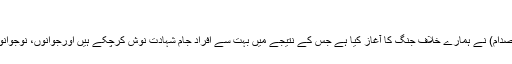
صحیفه امام-ج13-ص223
بین الاقوامی قوانین کی خلاف ورزی اور انسانی اقدار کو پامال کرتے ہوئے اس شخص (صدام) نے ہمارے خلاف جنگ کا آغاز کیا ہے جس کے نتیجے میں بہت سے افراد جام شہادت نوش کرچکے ہیں اورجوانوں، نوجوانوں، عورتوں اور معمر افراد کی کثیر تعداد کو اپنا گھر بار چھوڑنے پر مجبورکردیا ہے۔